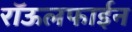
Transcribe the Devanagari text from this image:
रॉऊलफाईन